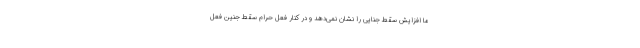
ما افزایش سقط جنایی را نشان نمی‌دهد و در کنار فعل حرام سقط جنین فعل